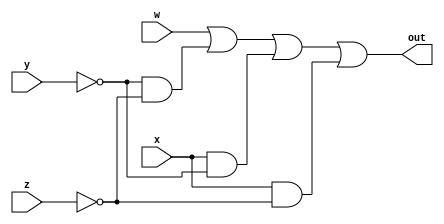
module num_7seg_B(out ,w, x, y, z); 
output out; reg out; 
input w, x, y, z;

    always @(*)
    begin
        out = w | (~y&~z) | (x&~y) | (x&~z);
    end

endmodule